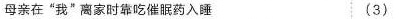
母亲在”我”离家时靠吃催眠药入睡 （ 3 ）